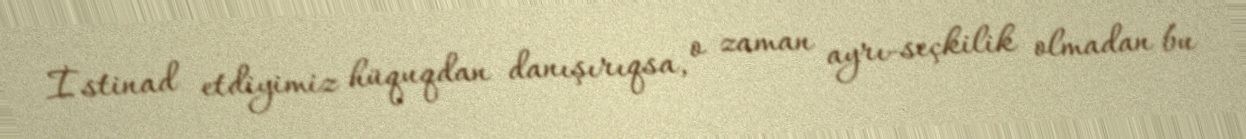
İstinad etdiyimiz hüquqdan danışırıqsa, o zaman ayrı-seçkilik olmadan bu